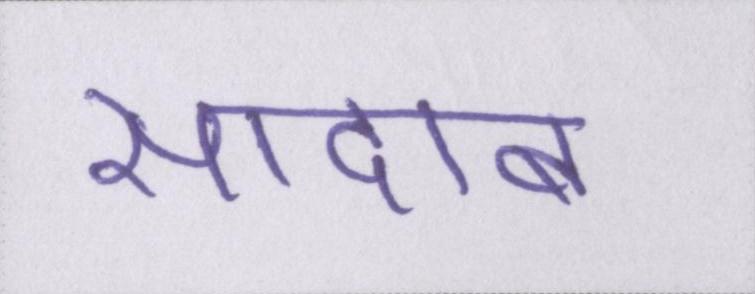
सादाब